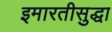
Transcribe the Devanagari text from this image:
इमारतीसुद्धा